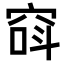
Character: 𥦖